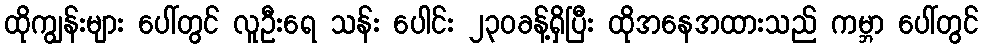
ထိုကျွန်းများ ပေါ်တွင် လူဦးရေ သန်း ပေါင်း ၂၃၀ခန့်ရှိပြီး ထိုအနေအထားသည် ကမ္ဘာ ပေါ်တွင်